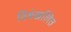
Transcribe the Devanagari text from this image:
विश्रंखलित